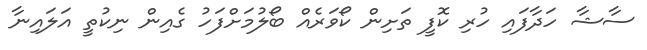
ސާޝާ ހަދާފައި ހުރި ކޮފީ ތަށިން ކޯވަރެއް ބޯލުމަށްފަހު ގެއިން ނިކުތީ އަލައިނާ